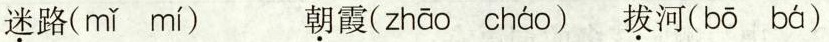
迷路( mǐ mí ) 朝霞( zhāo cháo )拔河( bō bá )